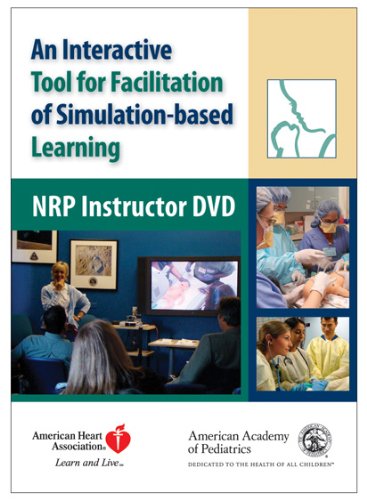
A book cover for NRP Instructor DVD: An Interactive Tool for Facilitation of Simulation-based Learning; American Academy of Pediatrics and American Heart Association; Medical Books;